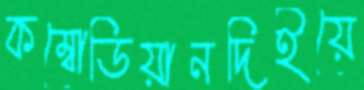
কম্বোডিয়ানদিইয়ে